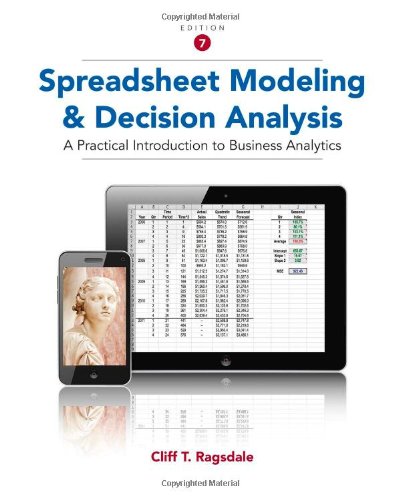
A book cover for Spreadsheet Modeling and Decision Analysis: A Practical Introduction to Business Analytics; Cliff Ragsdale; Computers & Technology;